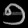
Digit: ၅